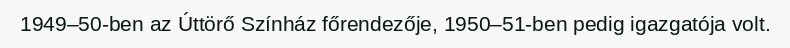
1949–50-ben az Úttörő Színház főrendezője, 1950–51-ben pedig igazgatója volt.